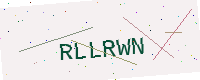
Text: RLLRWN